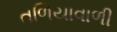
તળિયાવાળી